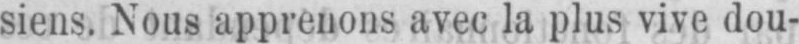
siens. Nous apprenons avec la plus vive dou-